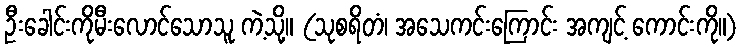
ဦးခေါင်းကိုမီးလောင်သောသူ ကဲ့သို့။ (သုစရိတံ၊ အသေကင်းကြောင်း အကျင့် ကောင်းကို။)